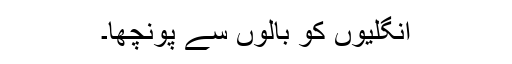
انگلیوں کو بالوں سے پونچھا۔